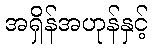
အရှိန်အဟုန်နှင့်